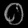
Digit: ၀